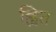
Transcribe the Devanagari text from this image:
ह्वित